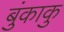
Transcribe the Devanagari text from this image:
बुंकाकु